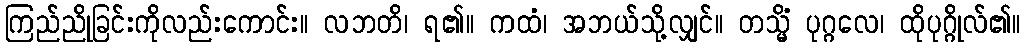
ကြည်ညိုခြင်းကိုလည်းကောင်း။ လဘတိ၊ ရ၏။ ကထံ၊ အဘယ်သို့လျှင်။ တသ္မိံ ပုဂ္ဂလေ၊ ထိုပုဂ္ဂိုလ်၏။